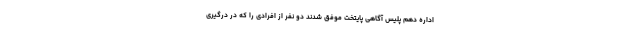
اداره دهم پلیس آگاهی پایتخت موفق شدند دو نفر از افرادی را که در درگیری